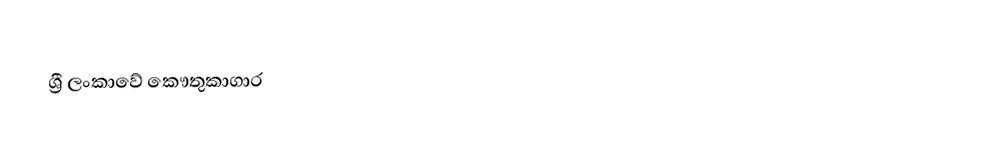
ශ්‍රී ලංකාවේ කෞතුකාගාර